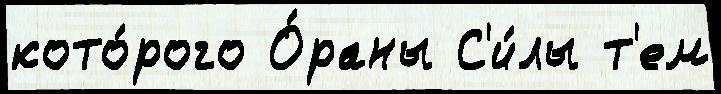
кото́рого О́раны С'и́лы т'ем